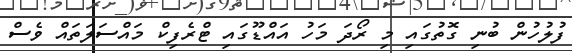
ފުލުހުން ބުނި ގޮތުގައި މި ރޯދަ މަހު އައްޑޫގައި ޓްރެފިކް މައްސަލަތައް ވެސް